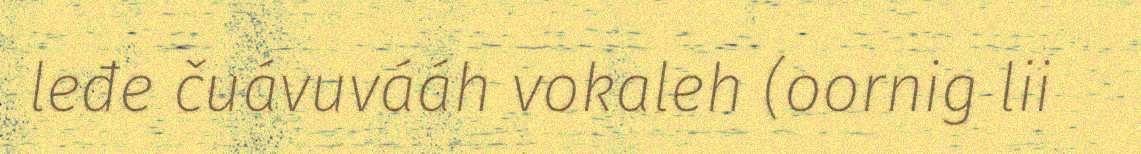
leđe čuávuvááh vokaleh (oornig lii